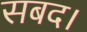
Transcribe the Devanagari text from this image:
सबद।